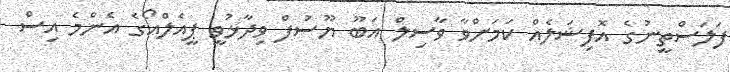
ފަލަސްތީނުގެ އޮފިޝަލެއް ކަމަށްވާ ވާސިލް އަބޫ ޔޫސުފް ވިދާޅުވީ ޕީއެލްއޯގެ އެންމެ އިސް